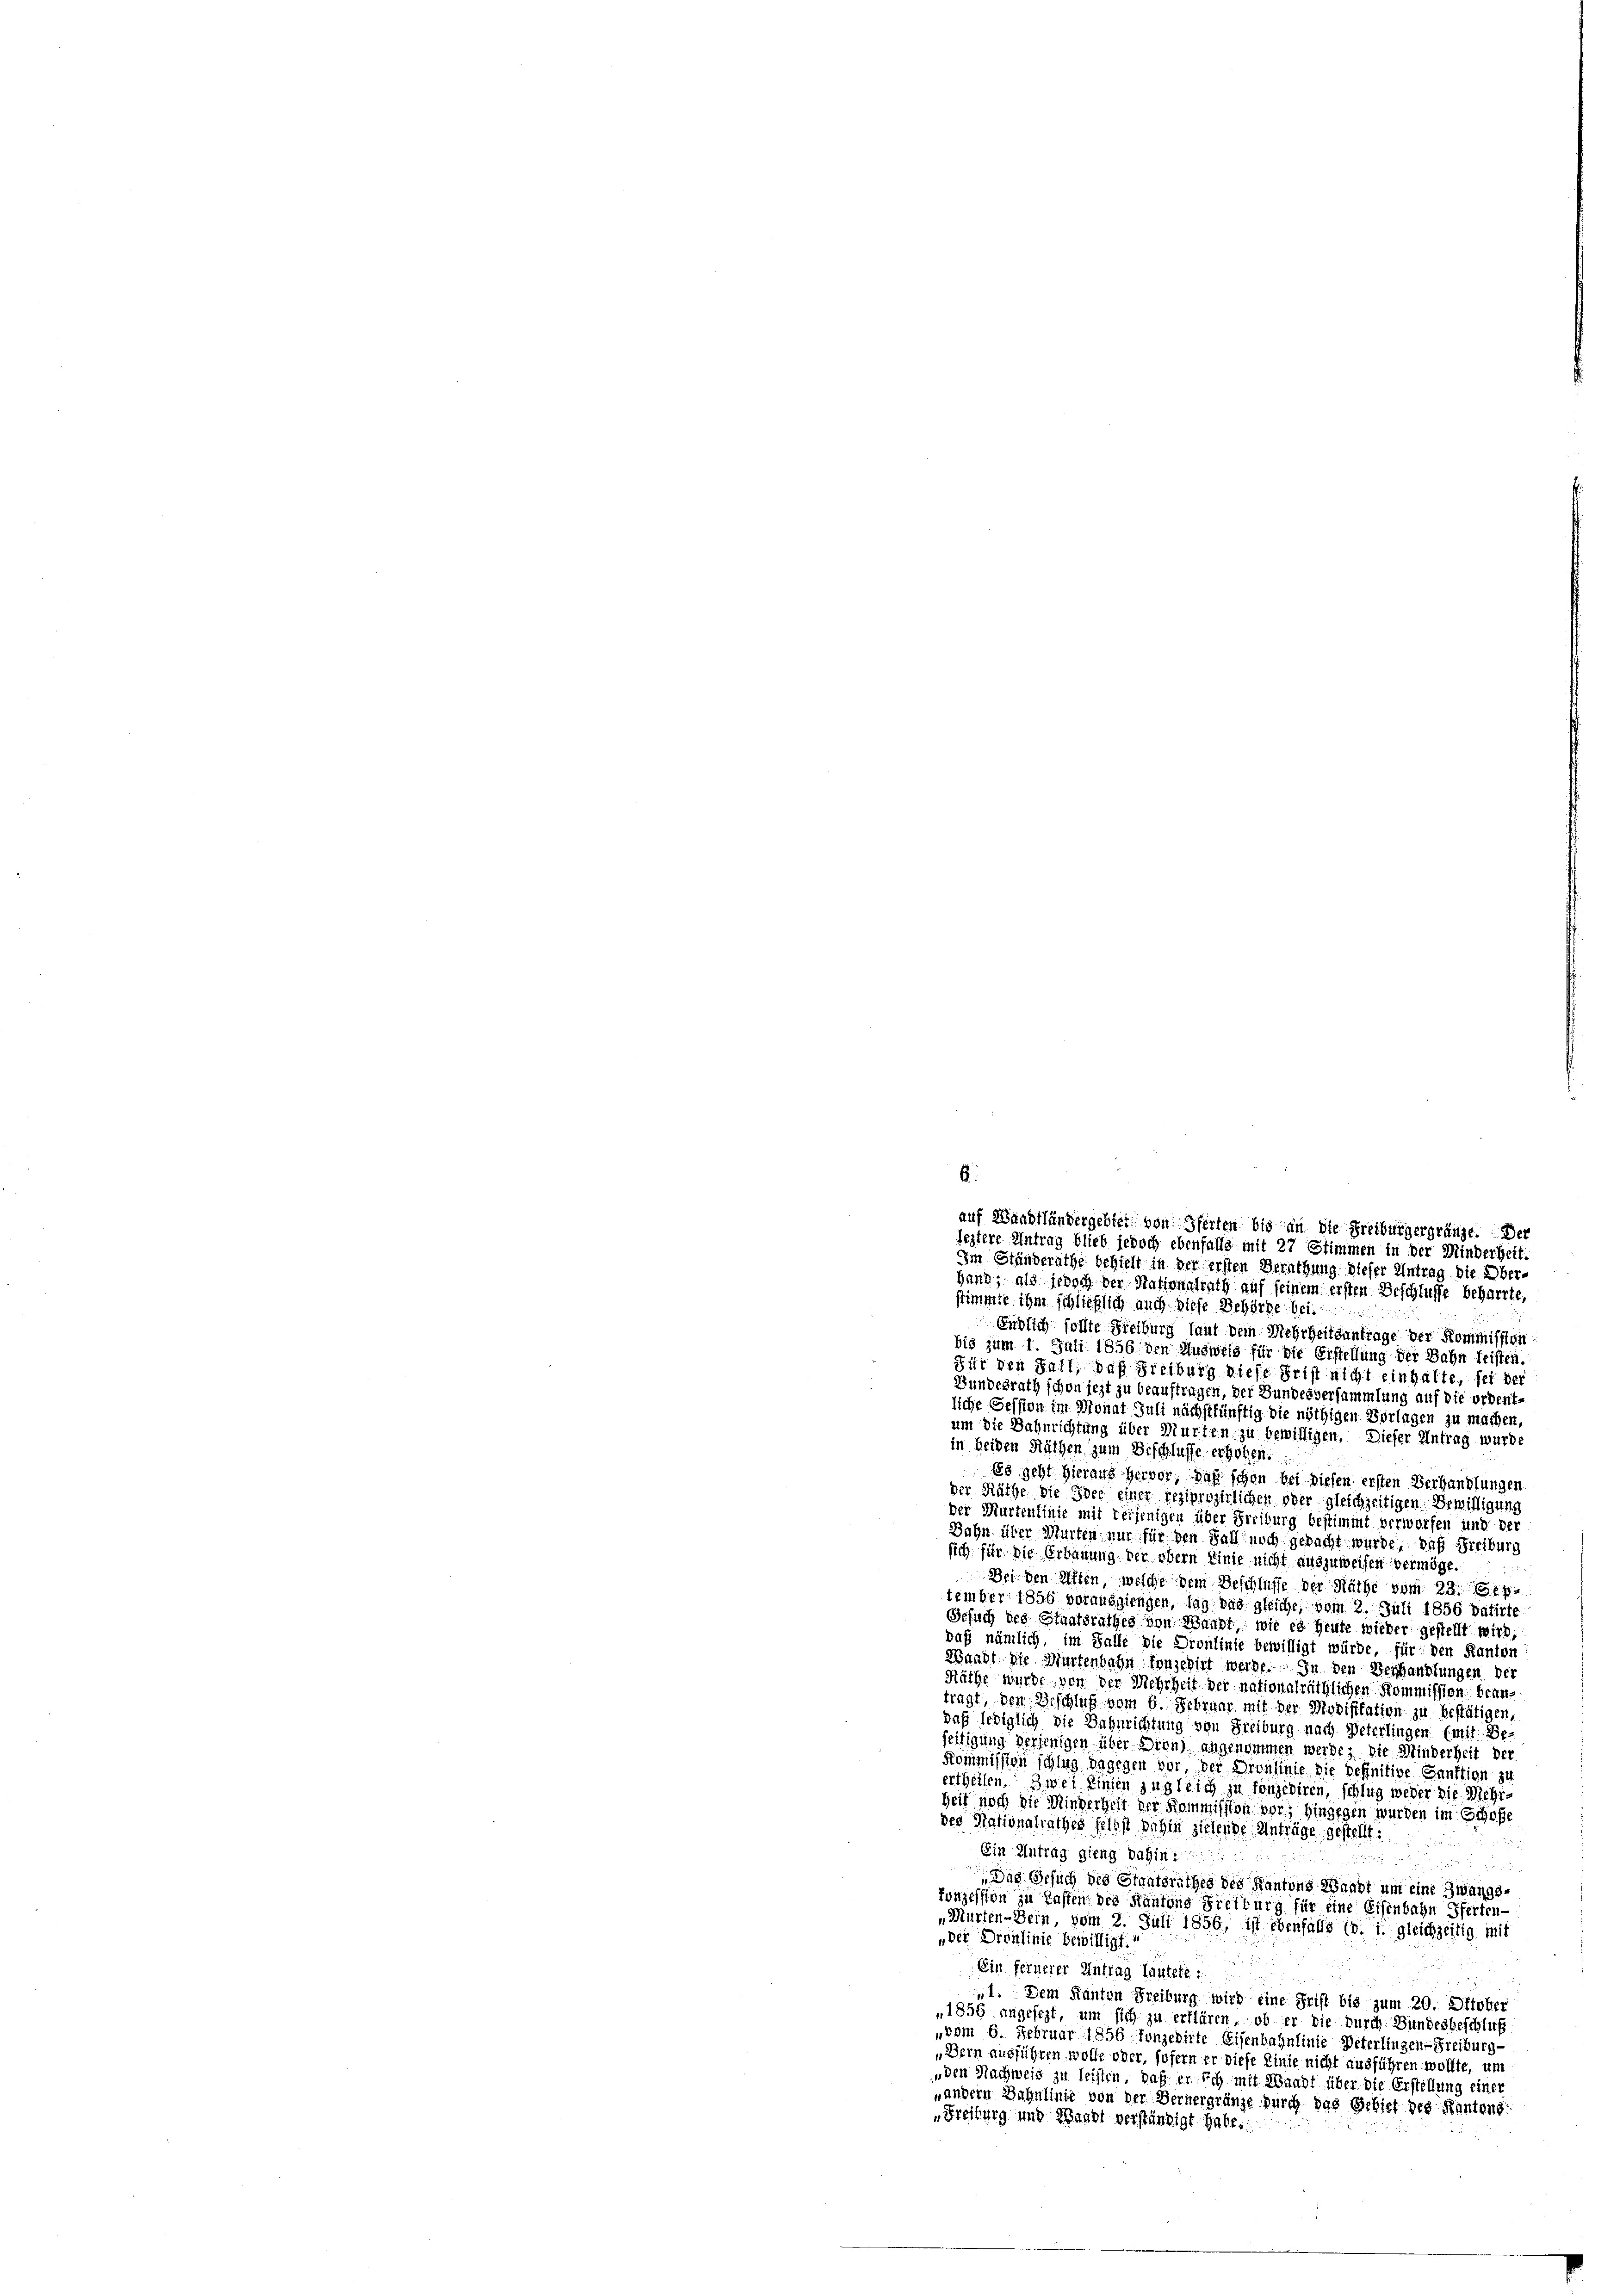
Endlich sollte Freiburg laut dem Mehrheitsantrage der Kommission
bis zum 1. Juli 1856 den Ausweis für die Erstellung der Bahn leisten
Für den Fall, daß Freiburg diese Frist nicht einhalte, sei der
Bundesrath schon jezt zu beauftragen, der Bundesversammlung auf die ordentliche Session im Monat Juli nächstkünftig die nöthigen Vorlagen zu machen,
um die Bahnrichtung über Murten zu bewilligen. Dieser Antrag wurde
in beiden Räthen zum Beschlusse erhoben.
Es geht hieraus hervor, daß schon bei diesen ersten Verhandlungen
der Räthe die Idee einer reziprozirlichen oder gleichzeitigen Bewilligung
der Murtenlinie mit verjenigen über Freiburg bestimmt verworfen und der
Bahn über Murten nur für den Fall noch gepacht wurde, daß Freiburg
sich für die Erbauung der obern Linie nicht auszuweisen vermöge.
Dei den Alten, welche dem Beschlüsse der Räthe vom 23. Sep
tember 1856 vorausgiengen, lag bas gleiche vom 2. Juli 1856 datirte
Gesuch des Staatsrathes von Waadt, wie es heute wieder gestellt wird,
daß nämlich, im Falle die Dronlinie bewilligt würde, für den Kanton
Waadt die Murtenbahn fonjehirt werde. In den Verhandlungen der
Räthe wurde von der Mehrheit der nationalräthlichen Kommission beantragt, den Beschluß vom 6. Februar mit der Modifikation zu bestätigen,
daß lediglich die Dahnrichtung von Freiburg nach Peterlingen (mit Be-
seitigung derjenigen über Drenz angenommen werde, die Minderheit der
Kommission schlag dagegen vor, der Dronlinie die definitive Sanktion zu
ertheilen. Zwei Linien zugleich zu fonzediren, schlug weder die Mehrheit noch die Minderheit der Kommission vor; hingegen wurden im Schoße
des Nationalrathes selbst dahin zielende Anträge gestellt:
u

Ein Antrag gieng dahin:
Die Gesuch des Staatsrathes des Kantons Waadt um eine Zwangs-
fonzession zu lasten des Kantons Steiburg für eine Eisenbahn ferten-
„Murten-Bein, vom 2. Juli 1856, ist ebenfalls (d. i. gleichzeitig mit
„der Dronlinie bewilligt.
Ein fernerer Antrag lautete:
„1. Dem Kanton Freiburg wird eine Frist bis zum 20. Oktober
1856 angefegt, um sich zu erklären, ob er die durch Bundesbeschluß
„vom 6. Februar 1856 Konzedite Eisenbahnlinie Peterlingen-Freiburg-
„Bern ausführen wolle oder, sofern er diese Linie nicht ausführen wollte, um
„den Nachweis zu leisten, daß er ich mit Waadt über die Erstellung einer
„andern Bahnlinie von der Bernergränze durch das Gebiet des Kantons
„Freiburg und Waadt verständigt habe.

6
auf Waadtländergebiet, von Pferten bis an die Freiburgergränze. Der
feztere Antrag blieb jedoch ebenfalls mit 27 Stimmen in der Minderheit.
Im Ständerathe behielt in der ersten Berathung dieser Antrag die Über-
Hand, als jedoch der Nationalrath auf seinem ersten Beschlusse beharrte,
stimmte ihm schließlich auch diese Behörde bei